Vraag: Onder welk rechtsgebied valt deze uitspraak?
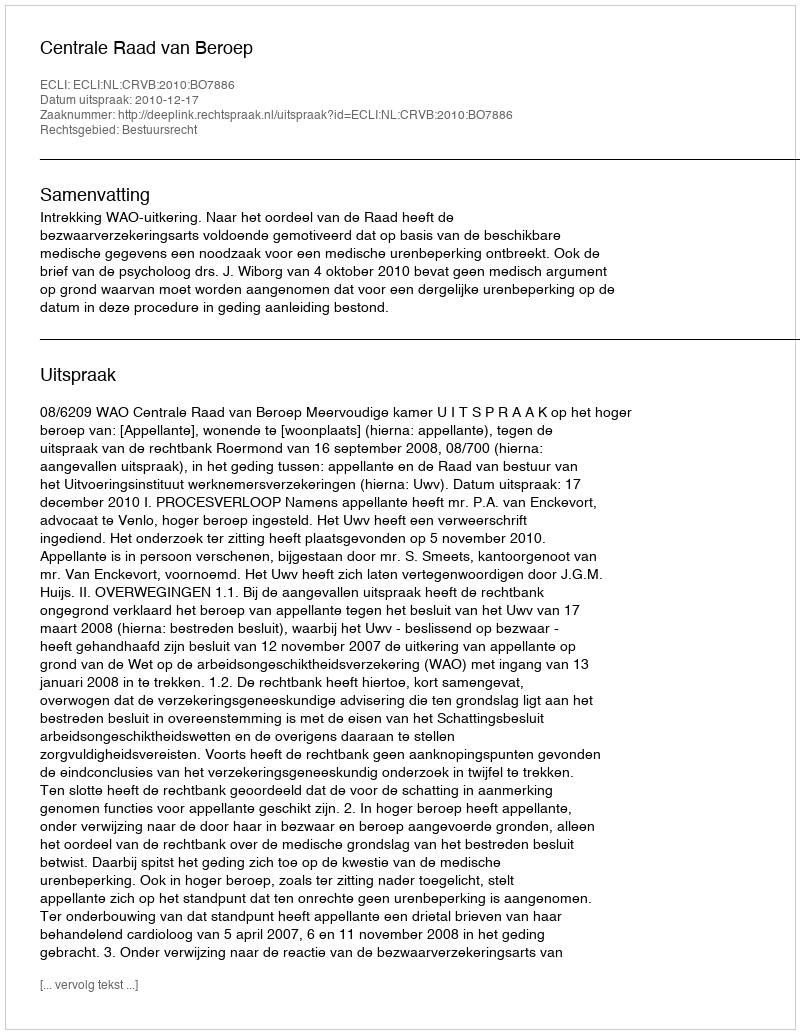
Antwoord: Bestuursrecht